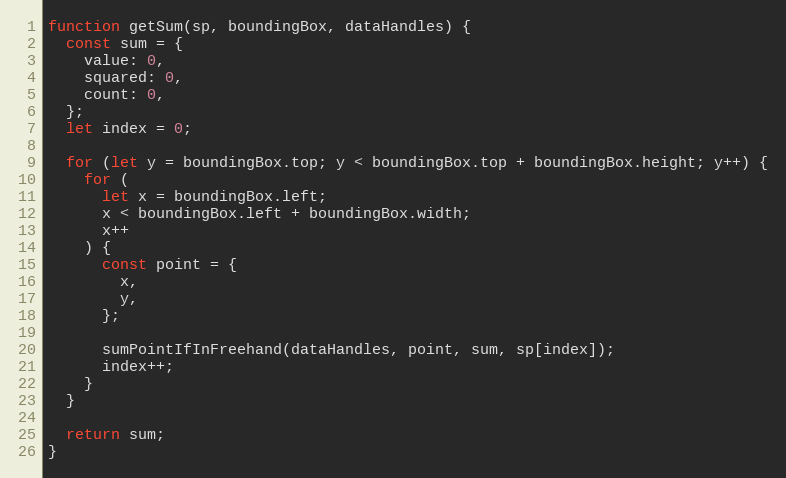
Language: JavaScript
function getSum(sp, boundingBox, dataHandles) {
  const sum = {
    value: 0,
    squared: 0,
    count: 0,
  };
  let index = 0;

  for (let y = boundingBox.top; y < boundingBox.top + boundingBox.height; y++) {
    for (
      let x = boundingBox.left;
      x < boundingBox.left + boundingBox.width;
      x++
    ) {
      const point = {
        x,
        y,
      };

      sumPointIfInFreehand(dataHandles, point, sum, sp[index]);
      index++;
    }
  }

  return sum;
}